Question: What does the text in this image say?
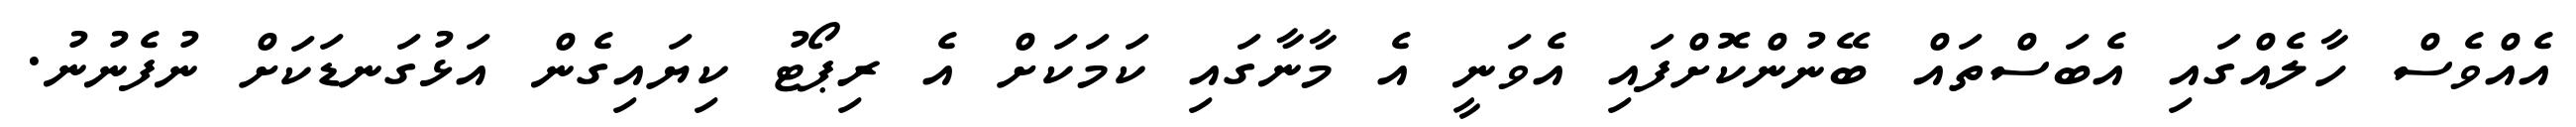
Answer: އެއްވެސް ހާލެއްގައި އެބަސްތައް ބޭނުންކޮށްފައި އެވަނީ އެ މާނާގައި ކަމަކަށް އެ ރިޕޯޓު ކިޔައިގެން އަޅުގަނޑަކަށް ނުފެނުނު.